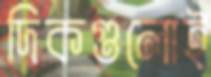
দিকগুলোই